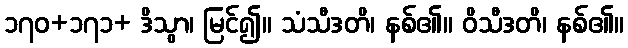
၁၇၀+၁၇၁+ ဒိသွာ၊ မြင်၍။ သံသီဒတိ၊ နစ်၏။ ဝိသီဒတိ၊ နစ်၏။